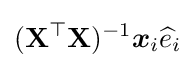
(\mathbf {X} ^{\top }\mathbf {X} )^{-1}{\boldsymbol {x}}_{i}{\widehat {e}}_{i}